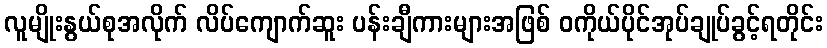
လူမျိုးနွယ်စုအလိုက် လိပ်ကျောက်ဆူး ပန်းချီကားများအဖြစ် ဝကိုယ်ပိုင်အုပ်ချုပ်ခွင့်ရတိုင်း